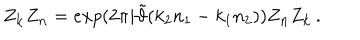
Z _ { \bf k } Z _ { \bf n } = e x p ( 2 \pi i \tilde { \vartheta } ( k _ { 2 } n _ { 1 } - k _ { 1 } n _ { 2 } ) ) Z _ { \bf n } Z _ { \bf k } \, .